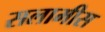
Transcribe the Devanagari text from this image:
सलामीस